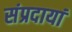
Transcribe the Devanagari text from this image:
संप्रदायां